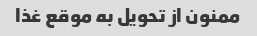
ممنون از تحویل به موقع غذا